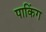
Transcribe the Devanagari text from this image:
पाकिंग